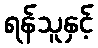
ရန်သူနှင့်